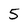
Character: 5